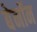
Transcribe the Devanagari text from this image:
बेनॉन